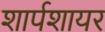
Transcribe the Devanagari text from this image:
शार्पशायर